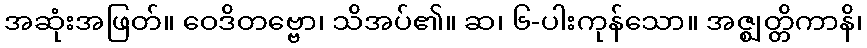
အဆုံးအဖြတ်။ ဝေဒိတဗ္ဗော၊ သိအပ်၏။ ဆ၊ ၆-ပါးကုန်သော။ အဇ္ဈတ္တိကာနိ၊